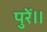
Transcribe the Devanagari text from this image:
पुरें॥